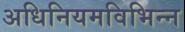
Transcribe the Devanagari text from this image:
अधिनियमविभिन्न